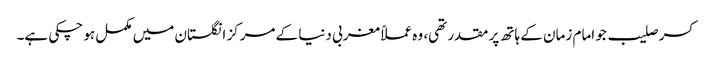
کسر صلیب جو امام زمان کے ہاتھ پر مقدر تھی، وہ عملاً مغربی دنیا کے مرکز انگلستان میں مکمل ہو چکی ہے۔